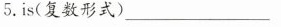
5.is(复数形式) ___